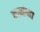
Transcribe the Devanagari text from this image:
काचांच्या